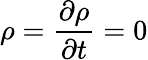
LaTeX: \rho=\displaystyle\frac{\partial\rho}{\partial t}=0